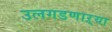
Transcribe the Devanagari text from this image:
उलगडणाऱ्या